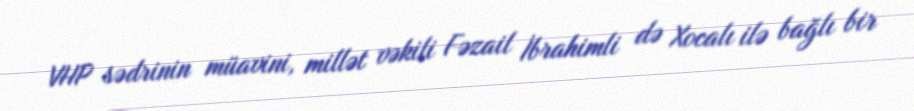
VHP sədrinin müavini, millət vəkili Fəzail İbrahimli də Xocalı ilə bağlı bir